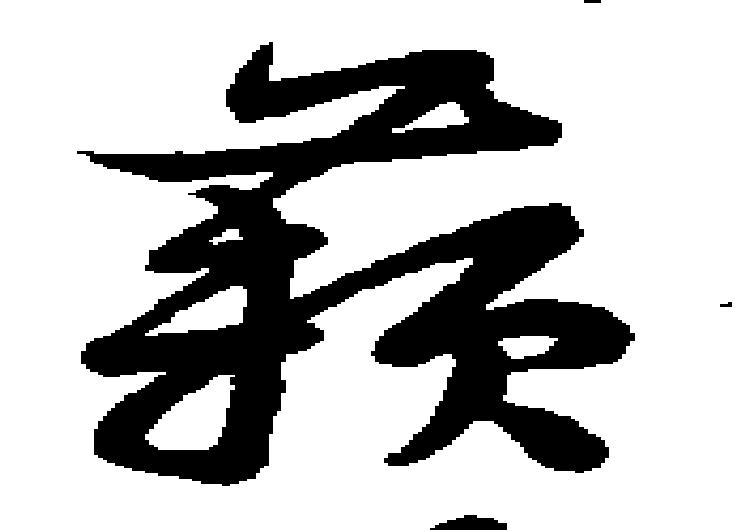
籟